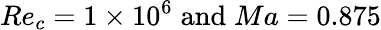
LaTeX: Re_{c}=1\times 10^{6}\; \mathrm{and}\; Ma=0.875